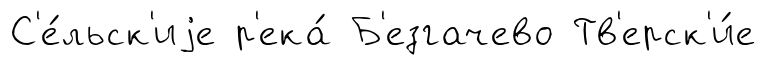
С'е́льск'иjе р'ека́ Б'езгачево Тв'ерск'и́е